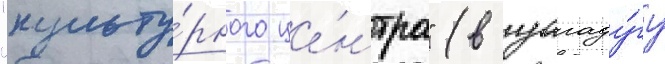
"культу́рного це́нтра" (в уагаду́гу